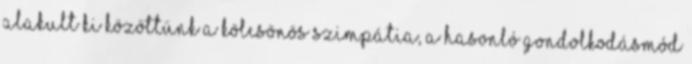
alakult ki közöttünk a kölcsönös szimpátia, a hasonló gondolkodásmód